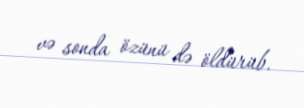
və sonda özünü də öldürüb.